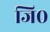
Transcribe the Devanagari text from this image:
जि०